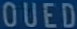
OUED